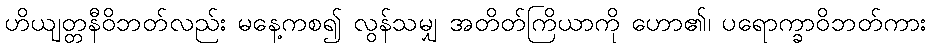
ဟိယျတ္တနီဝိဘတ်လည်း မနေ့ကစ၍ လွန်သမျှ အတိတ်ကြိယာကို ဟော၏၊ ပရောက္ခာဝိဘတ်ကား